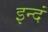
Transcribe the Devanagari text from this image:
इन्दं